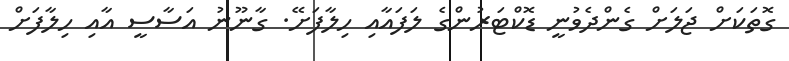
ގޮތަކަށް ޖަލަށް ގެންދެވުނީ ޑޮކްޓަރުންގެ ލަފައާއި ހިލާފަށޭ. ގާނޫނު އަސާސީ އާއި ހިލާފަށް